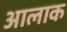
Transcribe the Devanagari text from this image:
आलाक